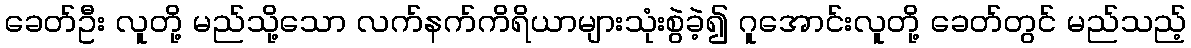
ခေတ်ဦး လူတို့ မည်သို့သော လက်နက်ကိရိယာများသုံးစွဲခဲ့၍ ဂူအောင်းလူတို့ ခေတ်တွင် မည်သည့်